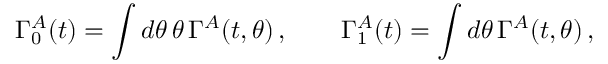
\Gamma _ { 0 } ^ { A } ( t ) = \int d \theta \, \theta \, \Gamma ^ { A } ( t , \theta ) \, , \qquad \Gamma _ { 1 } ^ { A } ( t ) = \int d \theta \, \Gamma ^ { A } ( t , \theta ) \, ,